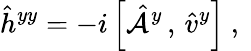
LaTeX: \hat{h}^{yy}=-i\left[\hat{\mathcal{A}}^{y}\, ,\, \hat{v}^{y}\right]\mathrm{~,~}